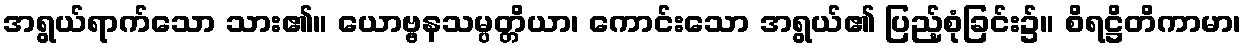
အရွယ်ရာက်သော သား၏။ ယောဗ္ဗနသမ္ပတ္တိယာ၊ ကောင်းသော အရွယ်၏ ပြည့်စုံခြင်း၌။ စိရဋ္ဌိတိကာမာ၊